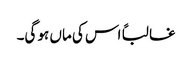
غالباً اس کی ماں ہو گی۔